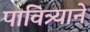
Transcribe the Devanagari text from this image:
पावित्र्याने